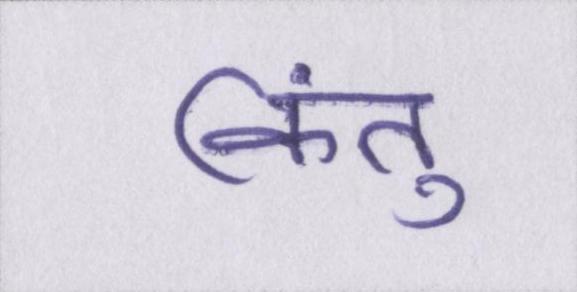
किंतु